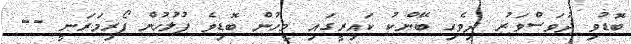
ބޮޑުވި ދުވަސްވަރު ދިވެހި ބޭންކު ކައިރީގައި މީހުން ބޮޑިވެ ފުލުހުން ފޯރިމަރަނީ --